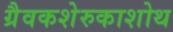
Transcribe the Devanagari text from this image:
ग्रैवकशेरुकाशोथ